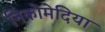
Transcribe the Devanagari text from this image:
निकोमेदिया